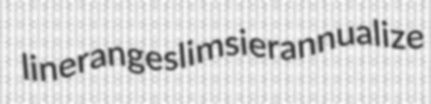
linerange slimsier annualize